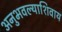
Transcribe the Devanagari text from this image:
अनुभवल्याशिवाय